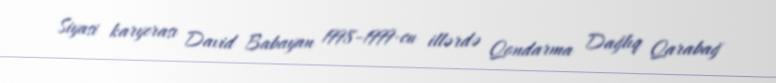
Siyasi karyerası David Babayan 1998–1999-cu illərdə Qondarma Dağlıq Qarabağ